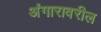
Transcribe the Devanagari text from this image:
अंगारावरील